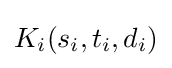
K_{i}(s_{i},t_{i},d_{i})